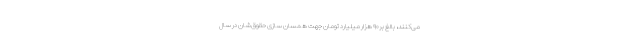
می‌کنند، بالغ بر۹۰ هزار میلیارد تومان جهت همسان سازی حقوق‌شان در سال